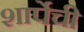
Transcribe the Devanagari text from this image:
शार्पेची